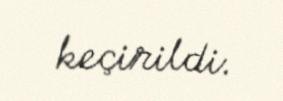
keçirildi.